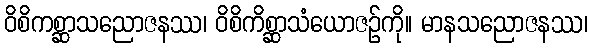
ဝိစိကစ္ဆာသညောဇနဿ၊ ဝိစိကိစ္ဆာသံယောဇဉ်ကို။ မာနသညောဇနဿ၊